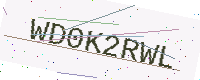
Text: WD0K2RWL